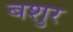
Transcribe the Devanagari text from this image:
बशुर